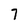
Character: 7